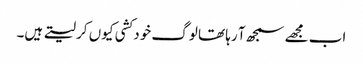
اب مجھے سمجھ آ رہا تھا لوگ خود کشی کیوں کر لیتے ہیں۔